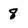
Character: 8